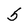
Character: 5